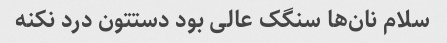
سلام نان‌ها سنگک عالی بود دستتون درد نکنه